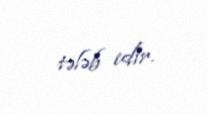
tələb edir.